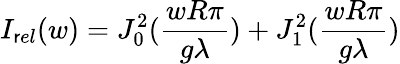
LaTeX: I_{\mathsf{r}el}(w)=J_{0}^{2}({\frac{{wR\pi}}{{g\lambda}}})+J_{1}^{2}({\frac{{wR\pi}}{{g\lambda}}})